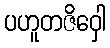
ပဟူတဇိဝှေါ